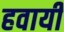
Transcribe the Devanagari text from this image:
हवायी